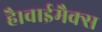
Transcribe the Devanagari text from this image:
है।वाईमैक्स